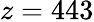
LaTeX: z=443